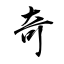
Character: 奇